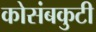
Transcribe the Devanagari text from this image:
कोसंबकुटी